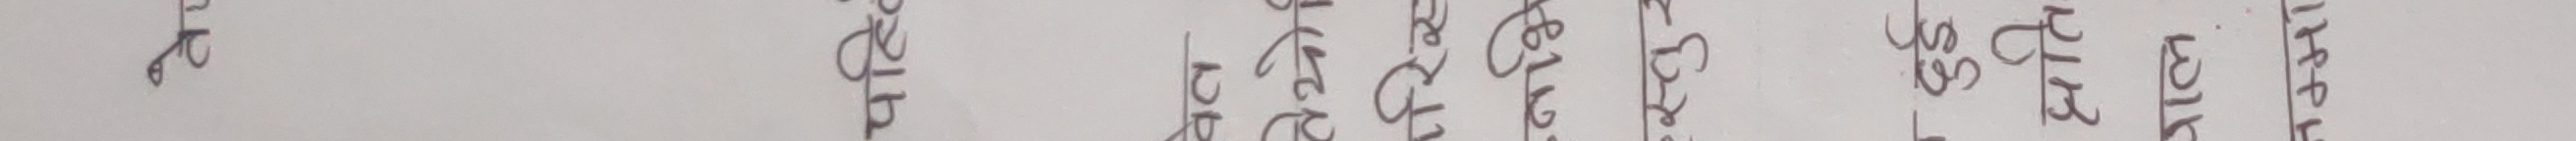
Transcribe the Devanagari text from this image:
बाब पाउ पिरो टुपो लिव दिम दियो तिल टिन छोटो छुटो चित्र छिमेक तिमी जित सित मिल घोष चितवन सकिन्न सितल खितिम बिहान मिठो घिउ चिसो दिन सिमेन्ट किताब महिना नदि सिसा किरा बिच जिउ रिम जिम किचन मिटर इमान चिना छिन भित्र पिन टिका किरण किप पिला जितिम हिमाल बिचरा इलाज टिपन बिजी विमला हिड जिब्रो किन इमानदार बिना छिन् सिक्का बिन्ति किसान किन्ने किताब बिव तिन इतिहास सितिमिति लिभ चिरफार दिवाल छिप विमान हिड्न सिद्धि झिँगा दिनदिनै चिडिया इन्सान विमला मिटिन पिएर विभि लिङ्ग नित किनार छिटो तिनटा तिर्खा सितल जित किना बिल बिस्तार जिवन चित्रकार बिना किचक सिक्किम बिरामी टिप्पणी मिर्गौला बिर्सिन किसान घिउ पिला चिचिला बिटा तिर्खा भित्री किलो तिनकुने बिष्णु इन्जिन विशिष्ट किलोमिटर विपरीत बिन्दू किसान